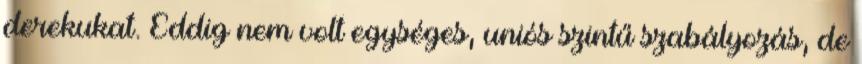
derekukat. Eddig nem volt egységes, uniós szintű szabályozás, de